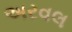
અરવલ